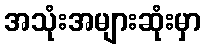
အသုံးအများဆုံးမှာ